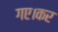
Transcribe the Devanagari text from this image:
गए।कर